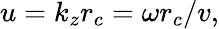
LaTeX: u=k_{z}r_{c}=\omega r_{c}/v,